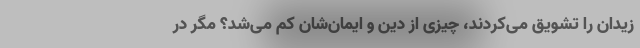
زیدان را تشویق می‌کردند، چیزی از دین و ایمان‌شان کم می‌شد؟ مگر در